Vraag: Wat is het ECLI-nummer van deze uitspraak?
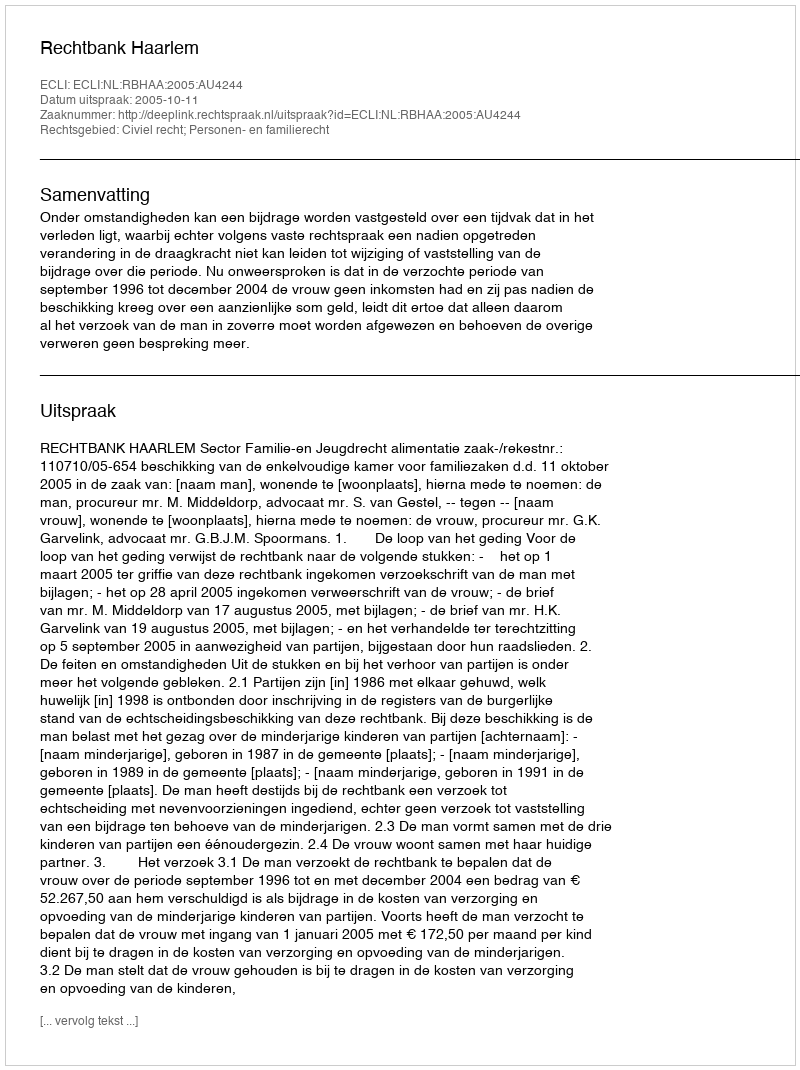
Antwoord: ECLI:NL:RBHAA:2005:AU4244